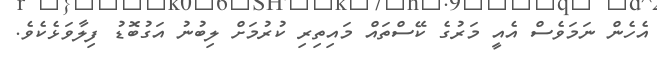
އެހެން ނަމަވެސް އެއީ މަރުގެ ކޭސްތައް މައިތިރި ކުރުމަށް ލިބުނު އަގުބޮޑު ފިލާވަޅެކެވެ.